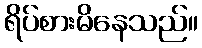
ရိပ်စားမိနေသည်။